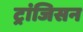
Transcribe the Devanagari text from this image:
ट्रांजिसन